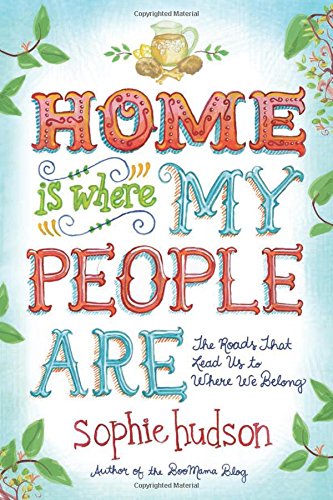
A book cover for Home Is Where My People Are: The Roads That Lead Us to Where We Belong; Sophie Hudson; Self-Help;